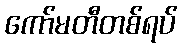
ကော်မတီတစ်ရပ်